Problem: 20 + 49 = ?
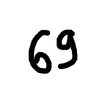
Handwritten answer: 69